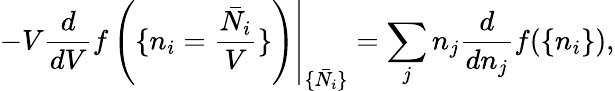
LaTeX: -V\left.\frac{d}{dV}f\left(\{ n_{i}=\frac{\bar{N_{i}}}{V}\} \right)\right|_{\{ \bar{N_{i}}\} }=\sum_{j}n_{j}\frac{d}{dn_{j}}f(\{ n_{i}\} ),